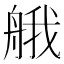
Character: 𦩆